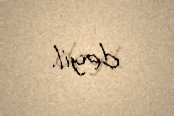
deyil.